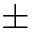
\pm